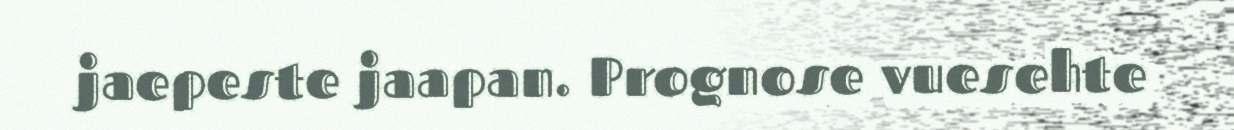
jaepeste jaapan. Prognose vuesehte